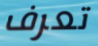
تعرف